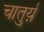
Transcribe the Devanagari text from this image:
चातुर्य़